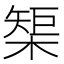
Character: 榘